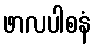
ဖာလပါစနံ